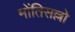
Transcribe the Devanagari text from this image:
मोंतिसल्लो